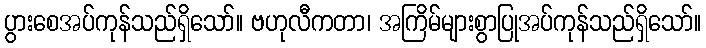
ပွားစေအပ်ကုန်သည်ရှိသော်။ ဗဟုလီကတာ၊ အကြိမ်များစွာပြုအပ်ကုန်သည်ရှိသော်။